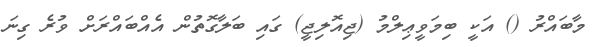
މާބައްރު () އަކީ ބިމަވީޢިލްމު (ޖިއޮލިޖީ) ގައި ބަލާގޮތުން އެއްބައްރަށް ވުރެ ގިނަ